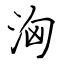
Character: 洶